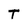
Character: t